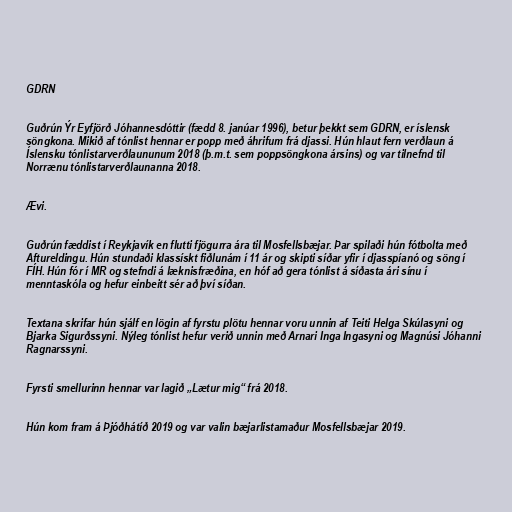
GDRN

Guðrún Ýr Eyfjörð Jóhannesdóttir (fædd 8. janúar 1996), betur þekkt sem GDRN, er íslensk
söngkona. Mikið af tónlist hennar er popp með áhrifum frá djassi. Hún hlaut fern verðlaun á
Íslensku tónlistarverðlaununum 2018 (þ.m.t. sem poppsöngkona ársins) og var tilnefnd til
Norrænu tónlistarverðlaunanna 2018.

Ævi.

Guðrún fæddist í Reykjavík en flutti fjögurra ára til Mosfellsbæjar. Þar spilaði hún fótbolta með
Aftureldingu. Hún stundaði klassískt fiðlunám í 11 ár og skipti síðar yfir í djasspíanó og söng í
FÍH. Hún fór í MR og stefndi á læknisfræðina, en hóf að gera tónlist á síðasta ári sínu í
menntaskóla og hefur einbeitt sér að því síðan.

Textana skrifar hún sjálf en lögin af fyrstu plötu hennar voru unnin af Teiti Helga Skúlasyni og
Bjarka Sigurðssyni. Nýleg tónlist hefur verið unnin með Arnari Inga Ingasyni og Magnúsi Jóhanni
Ragnarssyni.

Fyrsti smellurinn hennar var lagið „Lætur mig“ frá 2018.

Hún kom fram á Þjóðhátíð 2019 og var valin bæjarlistamaður Mosfellsbæjar 2019.